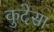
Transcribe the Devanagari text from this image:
कुदेसा